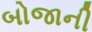
બોજાની